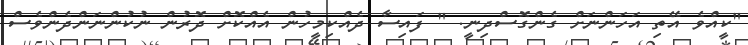
"ކީއްވެ އޭތި އަހަންނަށް ގެންގޮސްދިނީ. " ފައިސާ ދެއްކިމީހުން އެއްކޮށް ދޮރުން ނުކުންނަންދެންވެސް